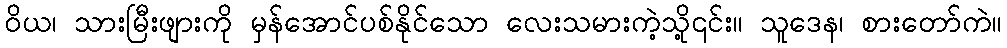
ဝိယ၊ သားမြီးဖျားကို မှန်အောင်ပစ်နိုင်သော လေးသမားကဲ့သို့၎င်း။ သူဒေန၊ စားတော်ကဲ။